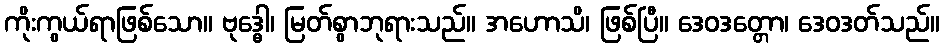
ကိုးကွယ်ရာဖြစ်သော။ ဗုဒ္ဓေါ၊ မြတ်စွာဘုရားသည်။ အဟောသိ၊ ဖြစ်ပြီ။ ဒေဝဒတ္တော၊ ဒေဝဒတ်သည်။